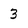
Character: 3